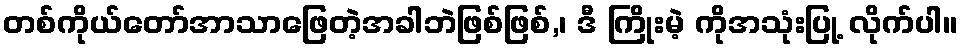
တစ်ကိုယ်တော်အာသာဖြေတဲ့အခါဘဲဖြစ်ဖြစ်,၊ ဒီ ကြိုးမဲ့ ကိုအသုံးပြု့ လိုက်ပါ။